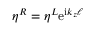
\eta ^ { R } = \eta ^ { L } \mathrm { e } ^ { \mathrm { i } k _ { z } \ell }